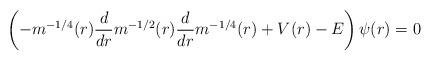
LaTeX: \begin{align*} \left(- m^{-1/4}(r) \frac{d}{dr} m^{-1/2}(r) \frac{d}{dr} m^{-1/4}(r) + V(r) - E\right) \psi(r) = 0\end{align*}